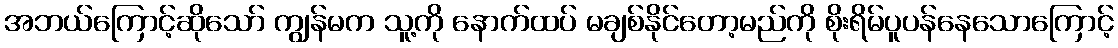
အဘယ်ကြောင့်ဆိုသော် ကျွန်မက သူ့ကို နောက်ထပ် မချစ်နိုင်တော့မည်ကို စိုးရိမ်ပူပန်နေသောကြောင့်